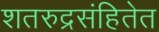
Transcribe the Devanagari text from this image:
शतरुद्रसंहितेत